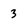
Character: 3